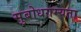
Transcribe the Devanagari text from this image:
सुबोधगम्यता